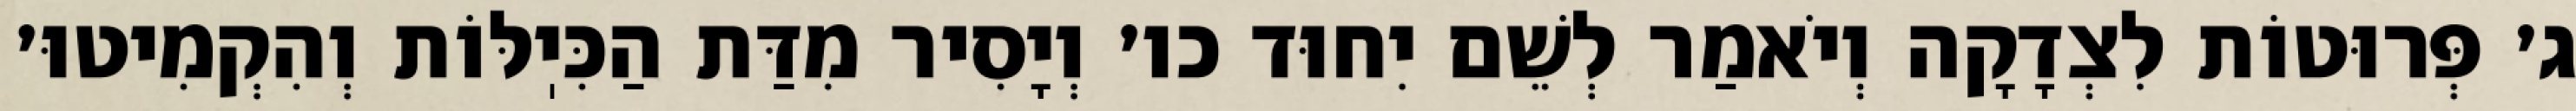
ג׳ פְּרוּטוֹת לִצְדָקָה וְיֹאמַר לְשֵׁם יִחוּד כו׳ וְיָסִיר מִדַּת הַכִּיֽלּוֹת וְהִקְמִיטוּ׳